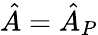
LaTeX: \hat{A}=\hat{A}_{P}